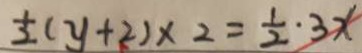
\frac { 1 } { 2 } ( y + 2 ) \times 2 = \frac { 1 } { 2 } \cdot 3 x